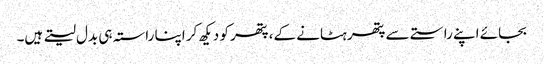
بجائے اپنے راستے سے پتھر ہٹانے کے، پتھر کو دیکھ کر اپنا راستہ ہی بدل لیتے ہیں۔